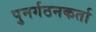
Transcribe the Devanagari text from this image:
पुनर्गठनकर्ता